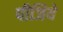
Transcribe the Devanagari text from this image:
पीजिये